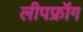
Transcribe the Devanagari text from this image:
लीपफ्रॉग